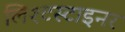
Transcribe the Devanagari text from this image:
लिश्टस्टाइनर